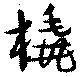
橇